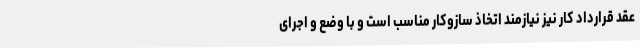
عقد قرارداد کار نیز نیازمند اتخاذ سازوکار مناسب است و با وضع و اجرای